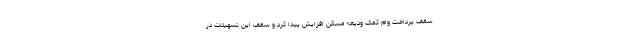
سقف پرداخت وام کمک ودیعه مسکن افزایش پیدا کرد و سقف این تسهیلات در